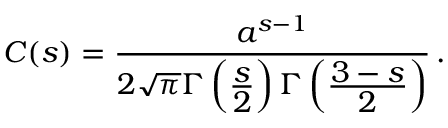
C ( s ) = \frac { a ^ { s - 1 } } { 2 \sqrt { \pi } \Gamma \left( \frac { \displaystyle s } { \displaystyle 2 } \right) \Gamma \left( \frac { \displaystyle 3 - s } { \displaystyle 2 } \right) } \, { . }